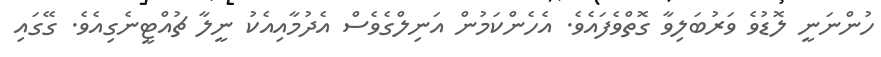
ހުންނަނީ ލޮޑުވެ ވަރުބަލިވާ ގޮތްވެފައެވެ. އެހެންކަމުން އަނިލްގެވެސް އެދުމާއިއެކު ނީލާ ޗުއްޓީނެގިއެވެ. ގޭގައި